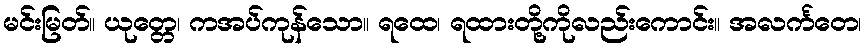
မင်းမြတ်။ ယုတ္တေ၊ ကအပ်ကုန်သော။ ရထေ၊ ရထားတို့ကိုလည်းကောင်း။ အလင်္ကတေ၊